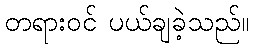
တရားဝင် ပယ်ချခဲ့သည်။